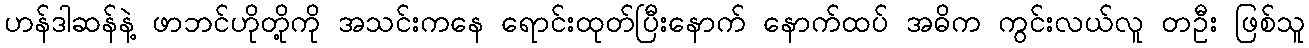
ဟန်ဒါဆန်နဲ့ ဖာဘင်ဟိုတို့ကို အသင်းကနေ ရောင်းထုတ်ပြီးနောက် နောက်ထပ် အဓိက ကွင်းလယ်လူ တဦး ဖြစ်သူ